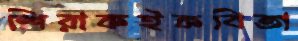
শিরাকইকবিতা